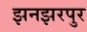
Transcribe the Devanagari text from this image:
झनझरपुर